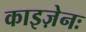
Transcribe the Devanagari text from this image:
काइज़ेनः